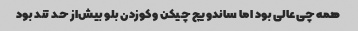
همه چی‌عالی بود اما ساندویچ چیکن و‌کوزدن بلو بیش‌از حد تند بود